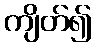
ကျိတ်၍